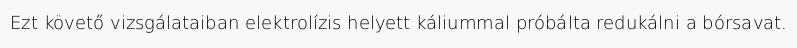
Ezt követő vizsgálataiban elektrolízis helyett káliummal próbálta redukálni a bórsavat.